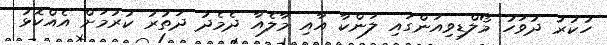
ހުކުރު ދުވަހު މޯލްޑިވިއަންގައި ލަންކާ އާއި މާލެއާ ދެމެދު ދަތުރު ކުރުމަށް އެއްކޮޅު